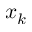
x _ { k }